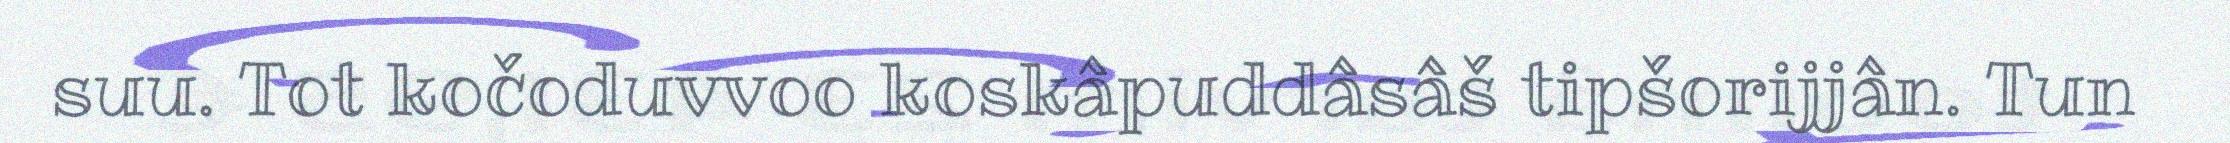
suu. Tot kočoduvvoo koskâpuddâsâš tipšorijjân. Tun